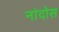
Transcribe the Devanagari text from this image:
नांदोस